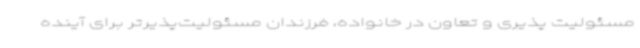
مسئولیت پذیری و تعاون در خانواده، فرزندان مسئولیت‌پذیرتر برای آینده